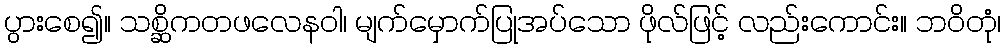
ပွားစေ၍။ သစ္ဆိကတဖလေနဝါ၊ မျက်မှောက်ပြုအပ်သော ဖိုလ်ဖြင့် လည်းကောင်း။ ဘဝိတုံ၊